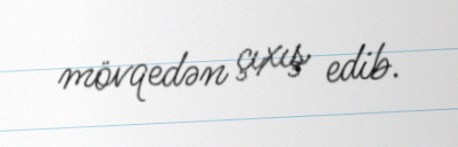
mövqedən çıxış edib.